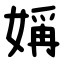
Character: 㛵